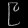
Digit: ၉